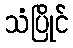
သံပြိုင်